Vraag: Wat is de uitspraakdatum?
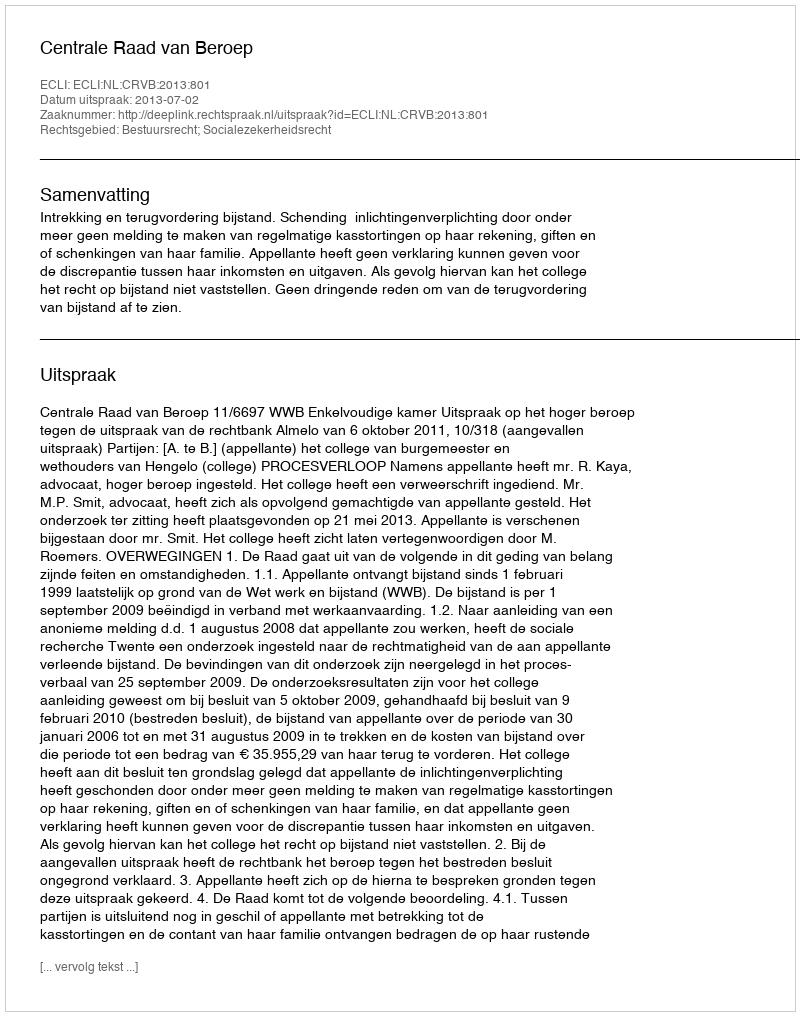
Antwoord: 2013-07-02